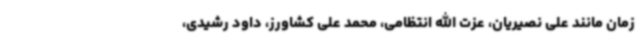
زمان مانند علی نصیریان، عزت الله انتظامی، محمد علی کشاورز، داود رشیدی،